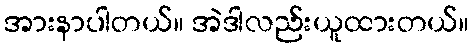
အားနာပါတယ်။ အဲဒါလည်းယူထားတယ်။